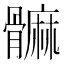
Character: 髍